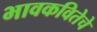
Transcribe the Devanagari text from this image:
भावकवितेचे